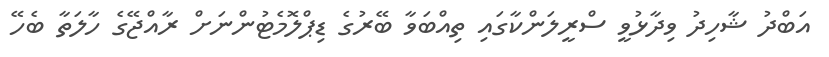
އަބްދު ޝާހިދު ވިދާޅުވީ ސްރީލަންކާގައި ތިއްބަވާ ބޭރުގެ ޑިޕްލޮމެޓުންނަށް ރާއްޖޭގެ ހާލަތާ ބެހޭ